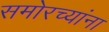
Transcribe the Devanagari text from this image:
समोरच्यांना